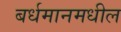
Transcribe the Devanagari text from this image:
बर्धमानमधील